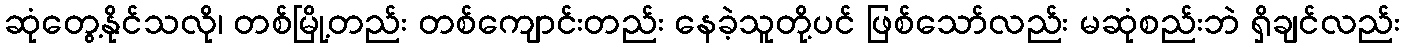
ဆုံတွေ့နိုင်သလို၊ တစ်မြို့တည်း တစ်ကျောင်းတည်း နေခဲ့သူတို့ပင် ဖြစ်သော်လည်း မဆုံစည်းဘဲ ရှိချင်လည်း